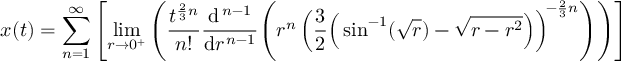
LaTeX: x ( t ) = \sum _ { n = 1 } ^ { \infty } \left[ \operatorname* { l i m } _ { r \to 0 ^ { + } } \left( { \frac { t ^ { { \frac { 2 } { 3 } } n } } { n ! } } { \frac { \mathrm { d } ^ { \, n - 1 } } { \mathrm { d } r ^ { \, n - 1 } } } \! \left( r ^ { n } \left( { \frac { 3 } { 2 } } { \Big ( } \sin ^ { - 1 } ( { \sqrt { r } } ) - { \sqrt { r - r ^ { 2 } } } { \Big ) } \right) ^ { \! - { \frac { 2 } { 3 } } n } \right) \right) \right]